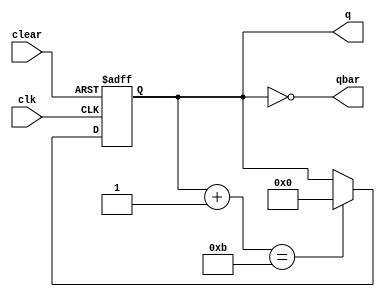
// Copyright 2003 Star Galaxy Publishing

module mod_counter (clk, clear, q, qbar);
  parameter UPTO = 11, NBITS = 4;

  input clk, clear;

  output [NBITS-1:0] q, qbar;
  reg [NBITS-1:0] tmp, q, qbar, counter;

  always @(posedge clk or posedge clear)
    if (clear)
      counter = 0;
    else begin
       tmp = counter + 1;

       if (tmp == UPTO)
         counter = 0;
    end
    //   counter = (counter + 1) % 10;
      // counter = counter + 1;

  always @(counter) begin
    q = counter;
    qbar = ~ counter;
  end
endmodule